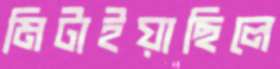
মিটাইয়াছিলে